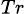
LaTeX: _{Tr}